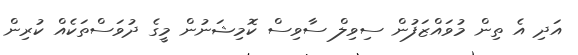
އަދި އެ ތިން މުވައްޒަފުން ސިވިލް ސާވިސް ކޮމިޝަނުން މީގެ ދުވަސްތަކެއް ކުރިން